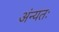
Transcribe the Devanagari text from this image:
अंन्यतः